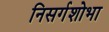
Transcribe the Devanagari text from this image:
निसर्गशोभा